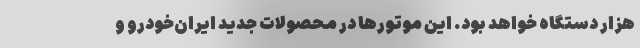
هزار دستگاه خواهد بود. این موتور‌ها در محصولات جدید ایران‌خودرو و